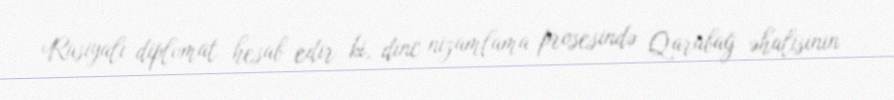
Rusiyalı diplomat hesab edir ki, dinc nizamlama prosesində Qarabağ əhalisinin